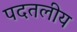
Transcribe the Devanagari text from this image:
पदतलीय